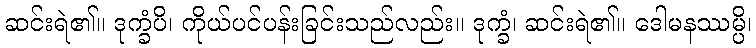
ဆင်းရဲ၏။ ဒုက္ခံပိ၊ ကိုယ်ပင်ပန်းခြင်းသည်လည်း။ ဒုက္ခံ၊ ဆင်းရဲ၏။ ဒေါမနဿမ္ပိ၊